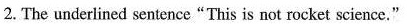
2.The underlined sentence"This is not rocket science,"